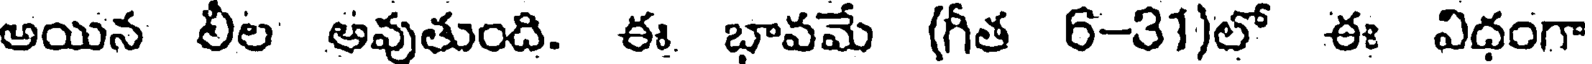
అయిన లీల అవుతుంది. ఈ భావమే (గీత 6-31)లో ఈ విధంగా